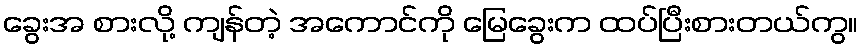
ခွေးအ စားလို့ ကျန်တဲ့ အကောင်ကို မြေခွေးက ထပ်ပြီးစားတယ်ကွ။